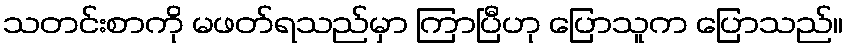
သတင်းစာကို မဖတ်ရသည်မှာ ကြာပြီဟု ပြောသူက ပြောသည်။